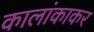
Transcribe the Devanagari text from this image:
कालांकाकर